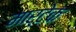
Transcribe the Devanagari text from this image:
मार्टेक